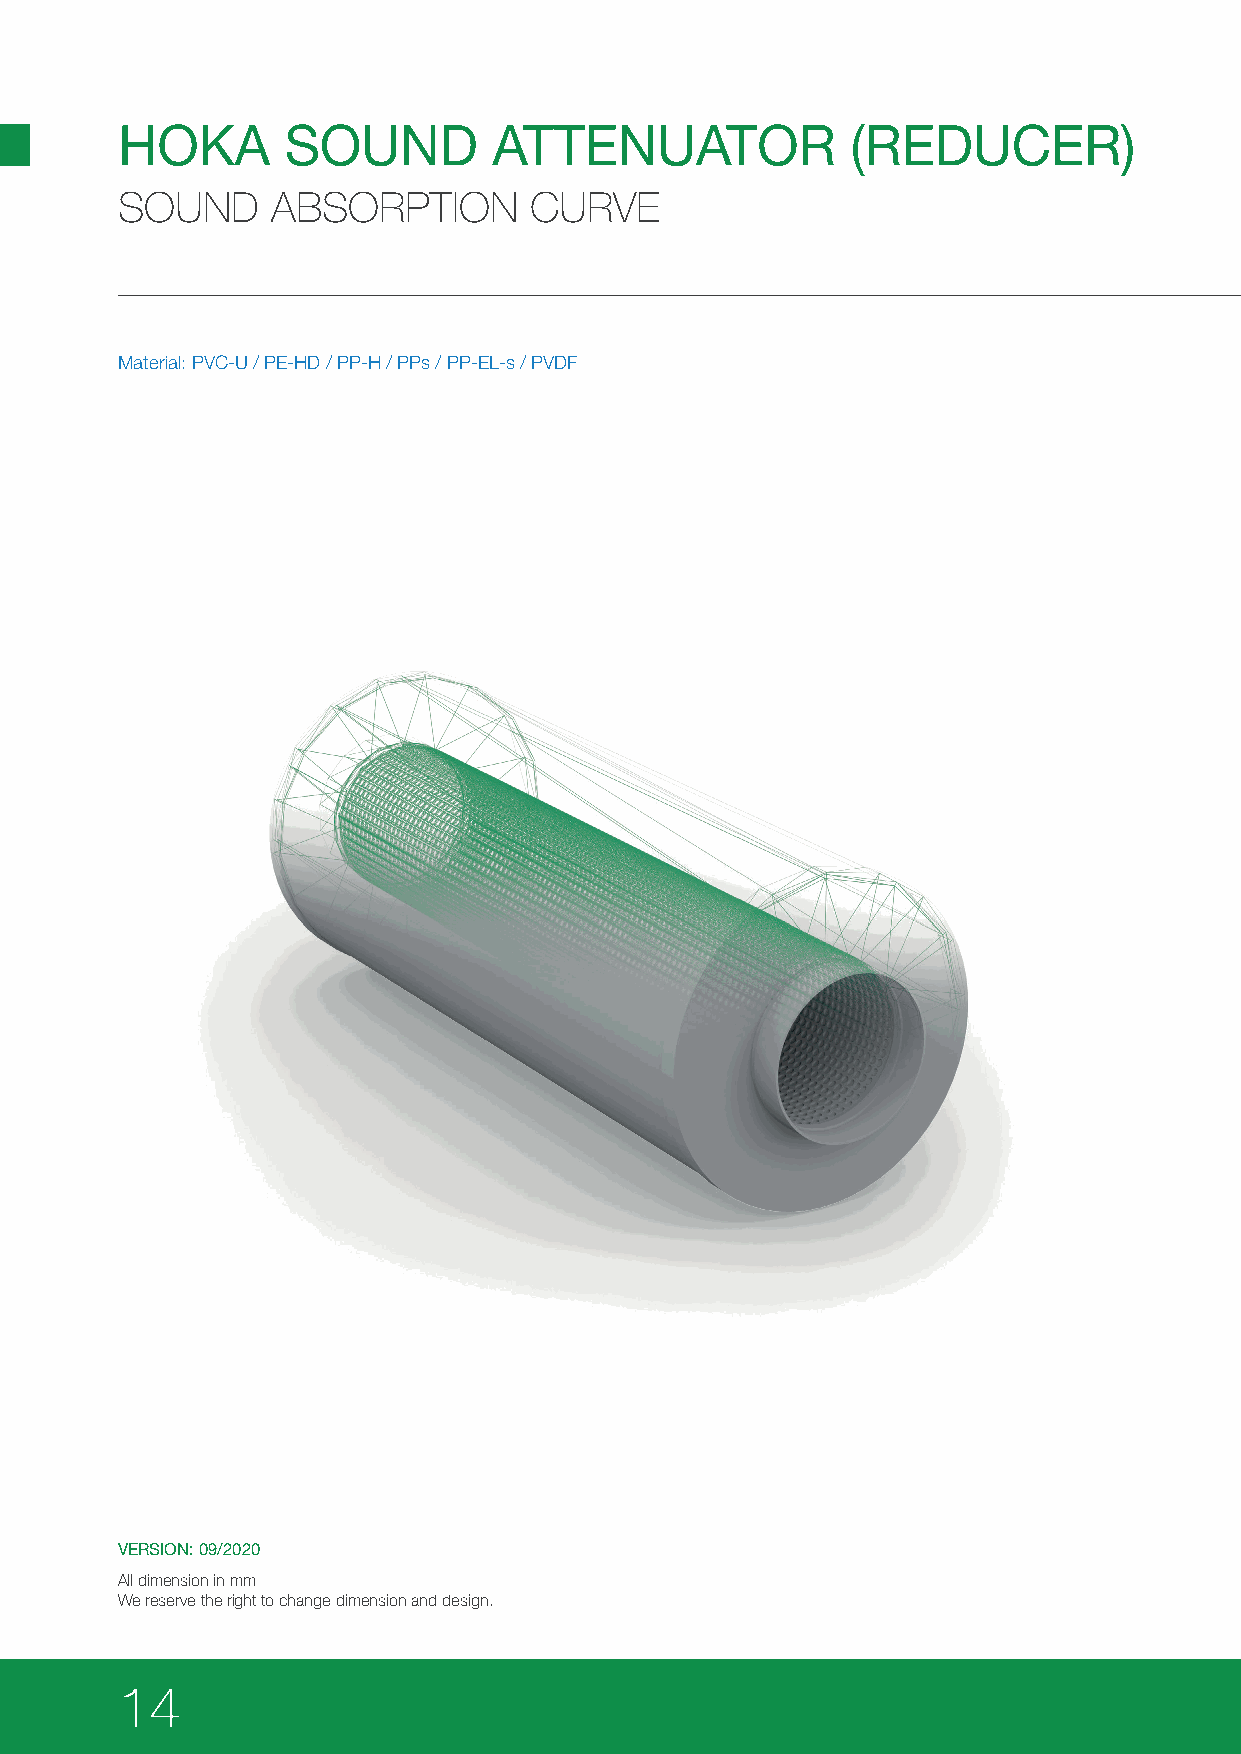
HOKA       SOUND         ATTENUATOR             (REDUCER)
 SOUND     ABSORPTION       CURVE
 Material: PVC-U / PE-HD / PP-H / PPs / PP-EL-s / PVDF
 VERSION: 09/2020
 All dimension in mm
 We reserve the right to change dimension and design.
 14